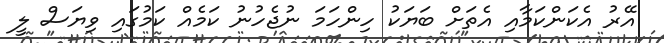
އޭރު އެކަންކަމާއި އެތަށް ބަޔަކު ހިންހަމަ ނުޖެހުނު ކަމެއް ކަމުގައި ވިޔަސް ލީ